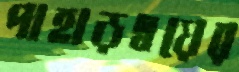
পাহাড়দ্বয়ের